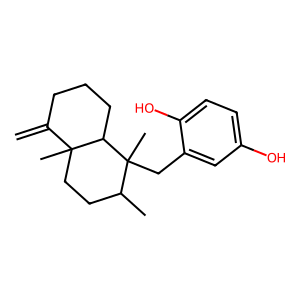
SMILES: C=C1CCCC2C1(C)CCC(C)C2(C)Cc1cc(O)ccc1O
Inhibits HIV replication: No